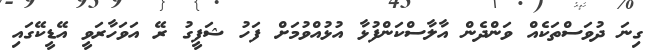
ގިނަ ދުވަސްތަކެއް ވަންދެން އާލާސްކަންފުޅާ އުޅުއްވުމަށް ފަހު ޝަފީގު ރޭ އަވަހާރަވީ އޭޑީކޭގައި